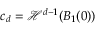
c _ { d } = \mathcal { H } ^ { d - 1 } ( B _ { 1 } ( 0 ) )